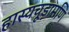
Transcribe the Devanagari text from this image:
हास्यचूड़ामणि